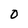
Character: O